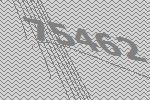
75462